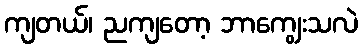
ကျတယ်၊ ညကျတော့ ဘာကျွေးသလဲ